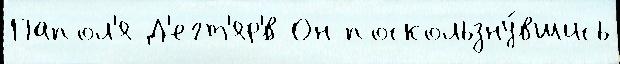
Папол'я Д'егт'яр'́в Он поскользну́вшись